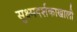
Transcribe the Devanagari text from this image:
सुक्ष्मदर्शकाखाली